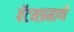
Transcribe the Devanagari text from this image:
बॅटमप्रमाणे